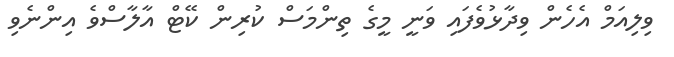
ވިލިއަމް އެހެން ވިދާޅުވެފައި ވަނީ މީގެ ތިންމަސް ކުރިން ކޭޓް އާލާސްވެ އިންނެވި